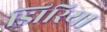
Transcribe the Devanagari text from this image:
झिरिया